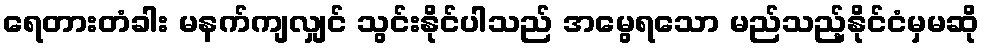
ရေတားတံခါး မနက်ကျလျှင် သွင်းနိုင်ပါသည် အမွေရသော မည်သည့်နိုင်ငံမှမဆို